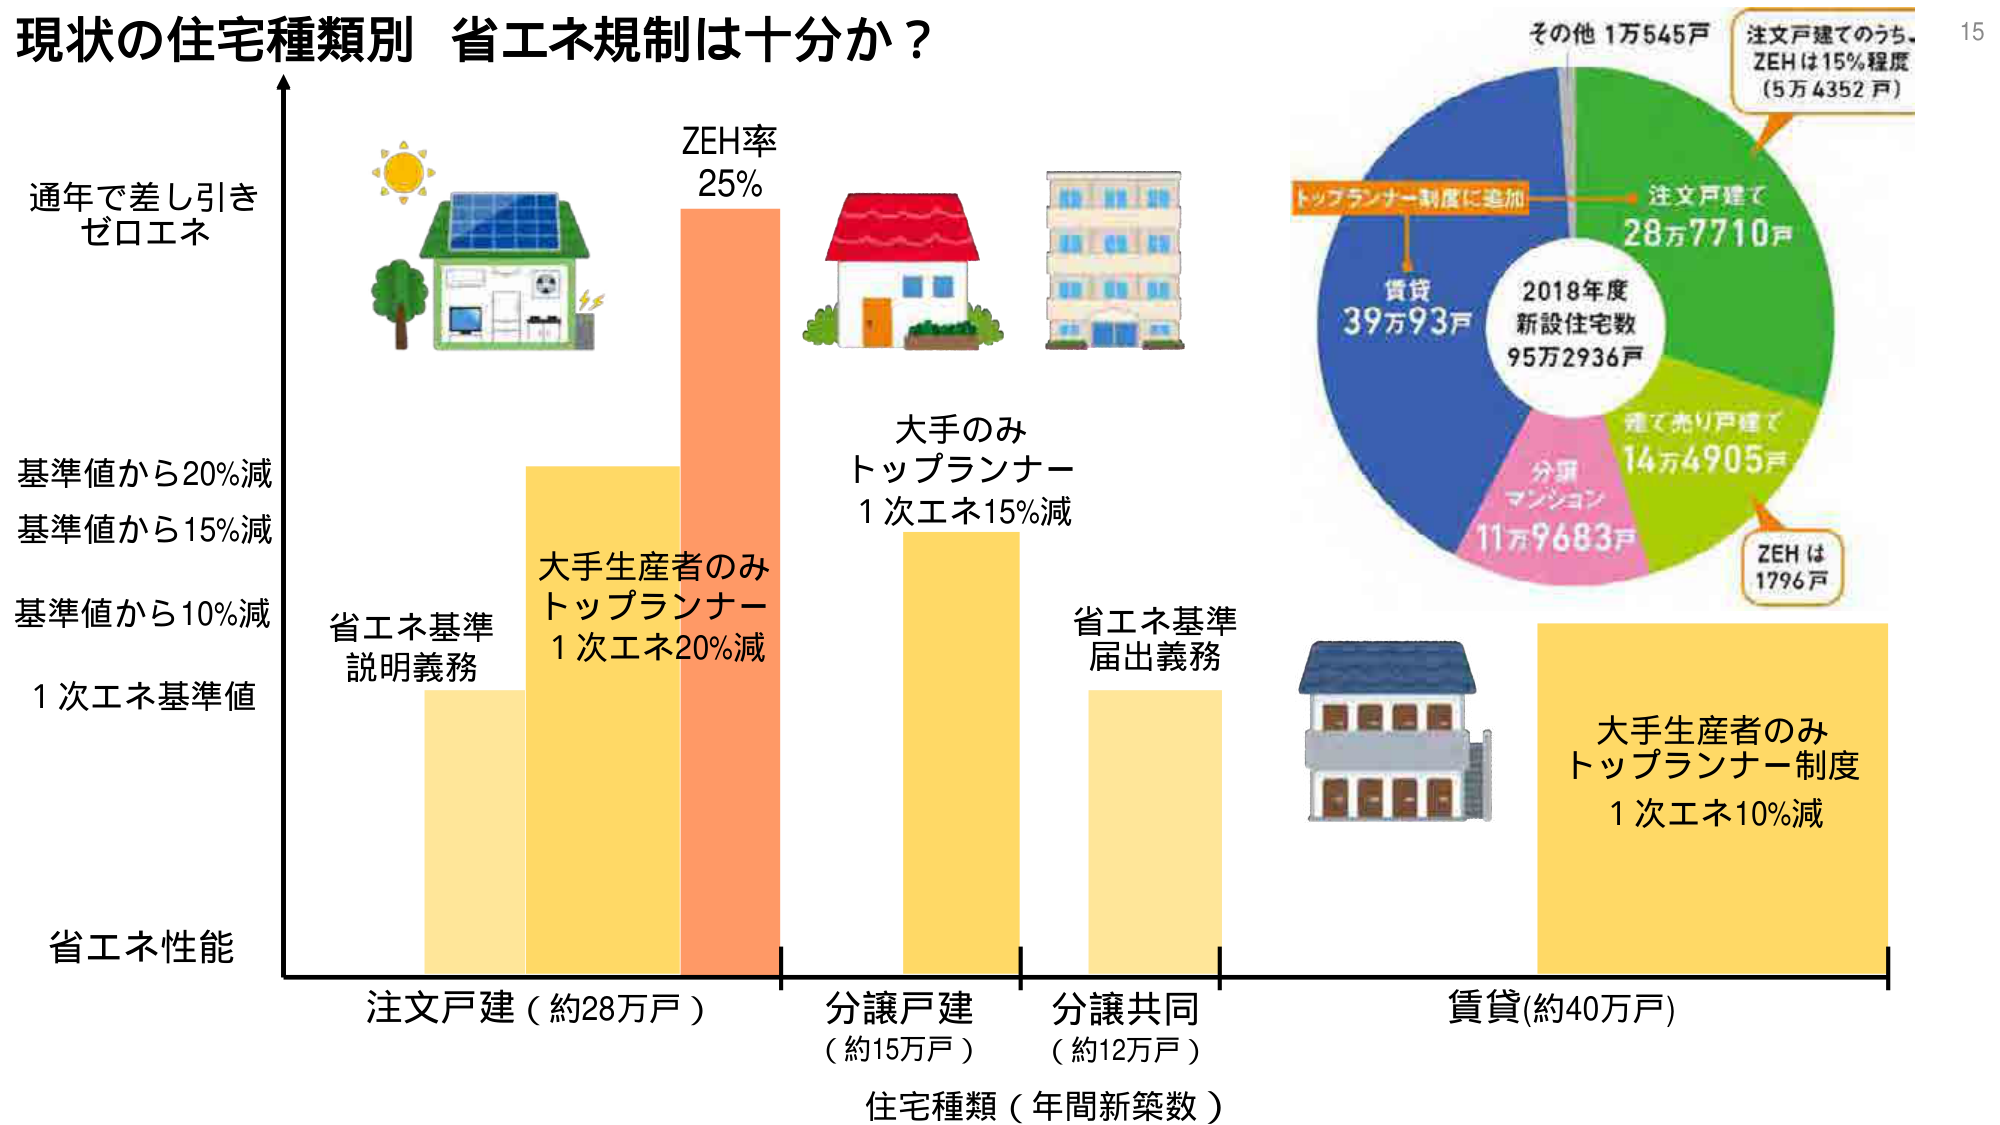
現状の住宅種類別 省エネ規制は十分か？

通年で差し引き
ゼロエネ

ZEH率
25%

その他 1万545戸
注文戸建てのうち、
ZEHは15%程度
（5万4352戸）

トップランナー制度に追加
注文戸建て
28万7710戸

2018年度
新設住宅数
95万2936戸

賃貸
39万93戸

建て売り戸建て
14万4905戸

分譲
マンション
11万9683戸

ZEHは
1796戸

大手のみ
トップランナー
1次エネ15%減

大手生産者のみ
トップランナー
1次エネ20%減

省エネ基準
説明義務

省エネ基準
届出義務

大手生産者のみ
トップランナー制度
1次エネ10%減

基準値から20%減
基準値から15%減
基準値から10%減
1次エネ基準値

省エネ性能

注文戸建（約28万戸）
分譲戸建
（約15万戸）
分譲共同
（約12万戸）
賃貸(約40万戸)

住宅種類（年間新築数）

15